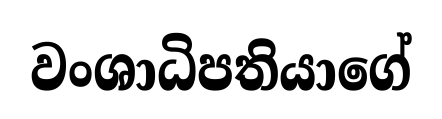
වංශාධිපතියාගේ